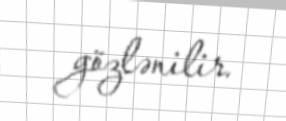
gözlənilir.